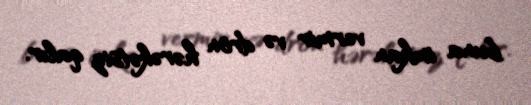
buna imkan vermir və dron hərəkətsiz qalır.